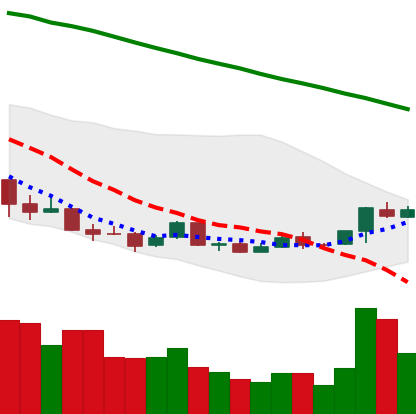
Ticker: ETC-USD
Chart end date: 2018-04-14
Forward return: 14.727%
Label: up_7plus